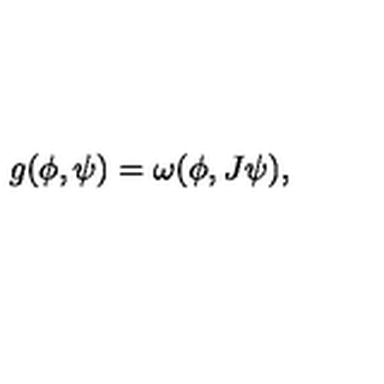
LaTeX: g ( \phi , \psi ) = \omega ( \phi , J \psi ) ,